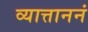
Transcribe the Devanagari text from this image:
व्यात्ताननं